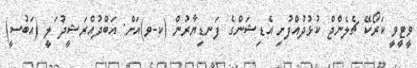
ވީޓީވީ ކަރޯކޭ ޗެލެންޖް ކުޅުދުއްފުށި އެޑިޝަންގެ ފަނޑިޔާރުން (ކ-ވ)އަށް: އަބްދުއްރަޝީދު ަލީ (އަބުސީ)